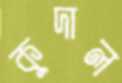
কুদাল